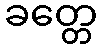
ခတ္တေ